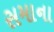
સમાના